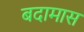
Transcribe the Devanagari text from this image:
बदामास